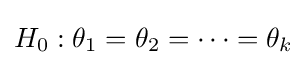
H_{0}:\theta _{1}=\theta _{2}=\cdots =\theta _{k}